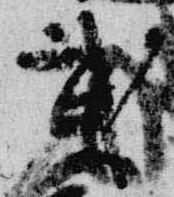
武